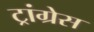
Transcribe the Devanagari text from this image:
ट्रांग्रेस